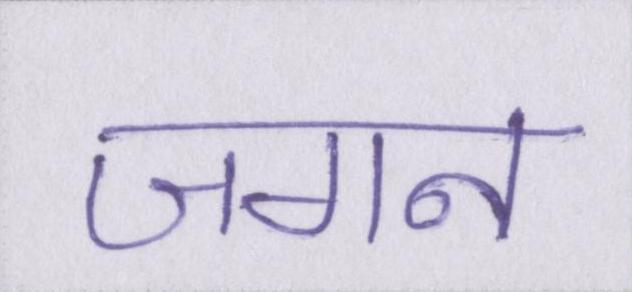
जगन